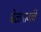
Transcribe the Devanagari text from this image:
बेळगावांचे